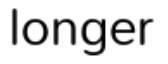
longer